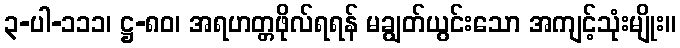
၃-ပါ-၁၁၁၊ ဋ္ဌ-၈၀၊ အရဟတ္တဖိုလ်ရရန် မချွတ်ယွင်းသော အကျင့်သုံးမျိုး။